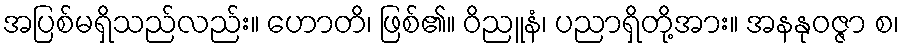
အပြစ်မရှိသည်လည်း။ ဟောတိ၊ ဖြစ်၏။ ဝိညူနံ၊ ပညာရှိတို့အား။ အနနုဝဇ္ဇာ စ၊